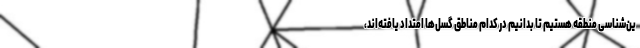
ین‌شناسی منطقه هستیم تا بدانیم در کدام مناطق گسل‌ها امتداد یافته‌اند،